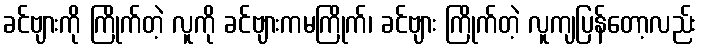
ခင်ဗျားကို ကြိုက်တဲ့ လူကို ခင်ဗျားကမကြိုက်၊ ခင်ဗျား ကြိုက်တဲ့ လူကျပြန်တော့လည်း